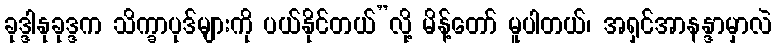
ခုဒ္ဒါနုခုဒ္ဒက သိက္ခာပုဒ်များကို ပယ်နိုင်တယ်”လို့ မိန့်တော် မူပါတယ်၊ အရှင်အာနန္ဒာမှာလဲ